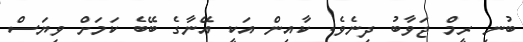
ބުނި ރީމް ޖަވާބު ދިނެވެ. ކާއިން އަކީ އޭނާގެ ބޭބެ ކަމަށް ވިޔަސް